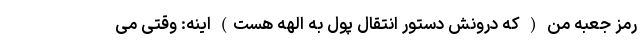
رمز جعبه من ( که درونش دستور انتقال پول به الهه هست) اینه: وقتی می